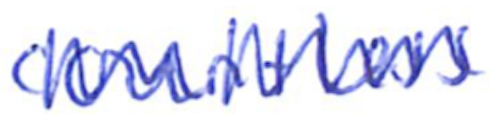
Text: countless
Cross-out: mix
Writing tool: ballpoint